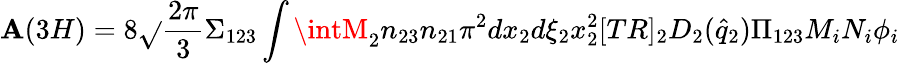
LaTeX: \mathbf{A}(3H)=8{\sqrt{}{{\frac{{2\pi}}{{3}}}}}\Sigma_{123}\int\intM_{2}{n_{23}n_{21}}\pi^{2}dx_{2}d\xi_{2}x_{2}^{2}[TR]_{2}D_{2}({\hat{{q}}}_{2}){\Pi_{123}{M_{i}N_{i}\phi_{i}}}